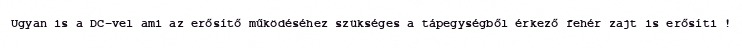
Ugyan is a DC-vel ami az erősítő működéséhez szükséges a tápegységből érkező fehér zajt is erősíti !